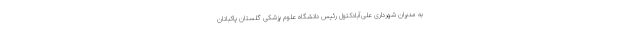
به مدیران شهرداری علی‌آبادکتول رئیس دانشگاه علوم پزشکی گلستان پاکبانان